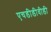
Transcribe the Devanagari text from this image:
एचडीडीवीडी